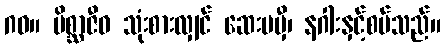
ဂဝ။ မိစ္ဆာဇီဝ သုံးစားလျှင် ဆေးမမှီ၊ နဂါးနှင့်စပ်သည်။